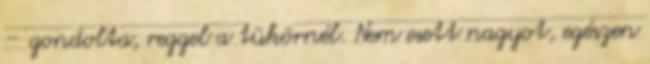
– gondolta, reggel a tükörnél. Nem esett nagyot, egészen